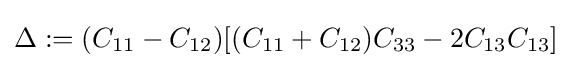
\Delta :=(C_{11}-C_{12})[(C_{11}+C_{12})C_{33}-2C_{13}C_{13}]